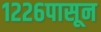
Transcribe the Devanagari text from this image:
१२२६पासून